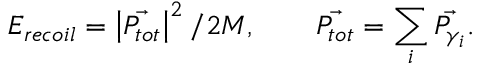
E _ { r e c o i l } = \left| \vec { P _ { t o t } } \right| ^ { 2 } / 2 M , \qquad \vec { P _ { t o t } } = \sum _ { i } \vec { P _ { \gamma _ { i } } } .